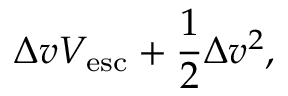
\Delta v V _ { \mathrm { e s c } } + { \frac { 1 } { 2 } } \Delta v ^ { 2 } ,